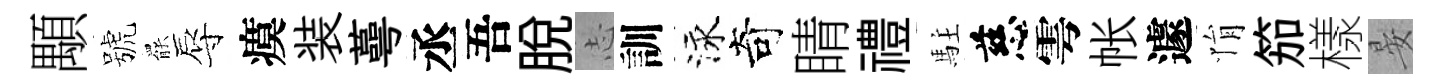
顒號罷辱瘼装蕚丞吾脱𢖽訓泳奇睛禮駐慈雩帐遽悁笳樣晏